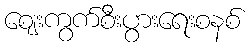
ဈေးကွက်စီးပွားရေးစနစ်